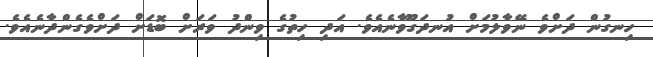
ހިނގުން ދަށްވެ ނޭވާލުމަށް އުނދަގޫވާނެއެވެ. އަދި ހިތުގެ ވިންދު ވަރަށް ބޮޑަށް ދަށްވެގެންދާނެއެވެ.